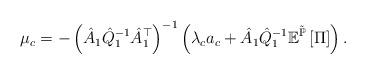
LaTeX: \begin{align*}\mu_{c}=-\left(\hat{A}_{1}\hat{Q}_{1}^{-1}\hat{A}_{1}^{\top}\right)^{-1}\left(\lambda_{c}a_{c}+\hat{A}_{1}\hat{Q}_{1}^{-1}\mathbb{E}^{\tilde{\mathbb{P}}}\left[\Pi\right]\right).\end{align*}